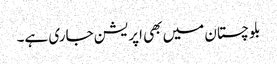
بلوچستان میں بھی اپریشن جاری ہے۔